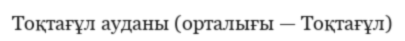
Тоқтағұл ауданы (орталығы — Тоқтағұл)